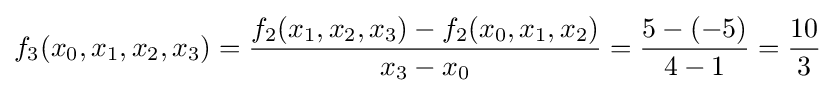
f_{3}(x_{0},x_{1},x_{2},x_{3})={\frac {f_{2}(x_{1},x_{2},x_{3})-f_{2}(x_{0},x_{1},x_{2})}{x_{3}-x_{0}}}={\frac {5-(-5)}{4-1}}={\frac {10}{3}}